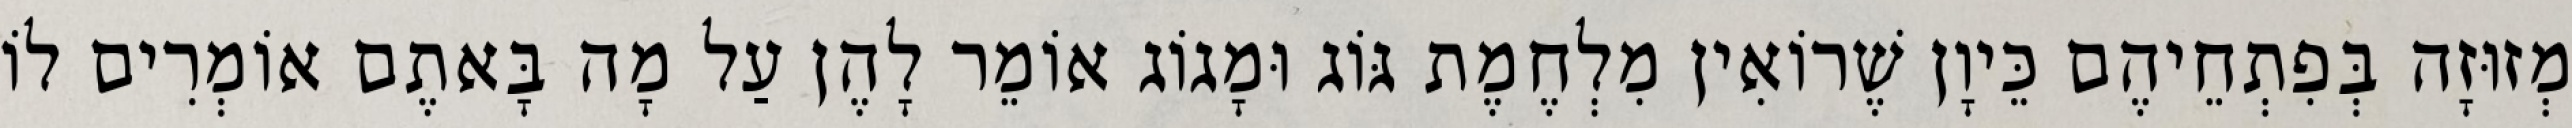
מְזוּזָה בְּפִתְחֵיהֶם כֵּיוָן שֶׁרוֹאִין מִלְחֶמֶת גּוֹג וּמָגוֹג אוֹמֵר לָהֶן עַל מָה בָּאתֶם אוֹמְרִים לוֹ